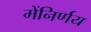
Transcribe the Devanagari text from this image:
मेंनिर्णय